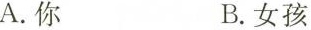
A.你 B.女孩